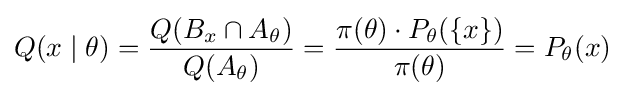
Q(x\mid \theta )={\frac {Q(B_{x}\cap A_{\theta })}{Q(A_{\theta })}}={\frac {\pi (\theta )\cdot P_{\theta }(\lbrace x\rbrace )}{\pi (\theta )}}=P_{\theta }(x)